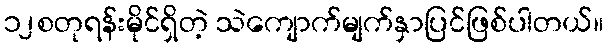
၁၂စတုရန်းမိုင်ရှိတဲ့ သဲကျောက်မျက်နှာပြင်ဖြစ်ပါတယ်။